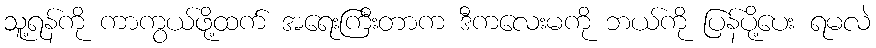
သူ့ရန်ကို ကာကွယ်ဖို့ထက် အရေးကြီးတာက ဒီကလေးမကို ဘယ်ကို ပြန်ပို့ပေး ရမလဲ